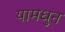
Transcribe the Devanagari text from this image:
यामधुन